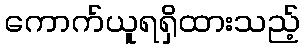
ကောက်ယူရရှိထားသည့်